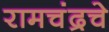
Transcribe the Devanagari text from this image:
रामचंद्रचे